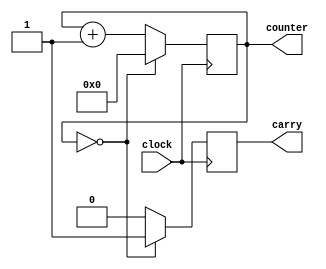
module pcounter(clock, counter, carry);

	parameter WIDTH = 4;
	parameter RESET_VALUE = {WIDTH{1'b0}};
	parameter INITIAL_LIMIT = {WIDTH{1'b0}};

	input clock;


	reg [WIDTH-1:0] limit = INITIAL_LIMIT;
	output reg [WIDTH-1:0] counter = RESET_VALUE;

	output reg carry;

	always @(posedge clock)
	begin
		counter <= counter + 1;
		carry <= 0;
		if (counter == limit) begin
			counter <= RESET_VALUE;
			carry <= 1;
		end
	end


endmodule